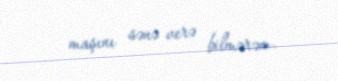
maşını sənə verə bilmərəm.